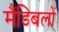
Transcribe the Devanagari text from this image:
मैंडिबलों